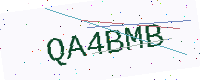
Text: QA4BMB